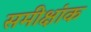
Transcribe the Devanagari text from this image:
समीक्षांक